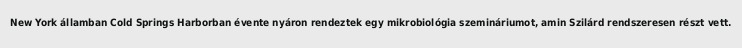
New York államban Cold Springs Harborban évente nyáron rendeztek egy mikrobiológia szemináriumot, amin Szilárd rendszeresen részt vett.